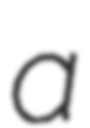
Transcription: a